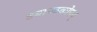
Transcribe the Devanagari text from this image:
ङबायस्कोपच्